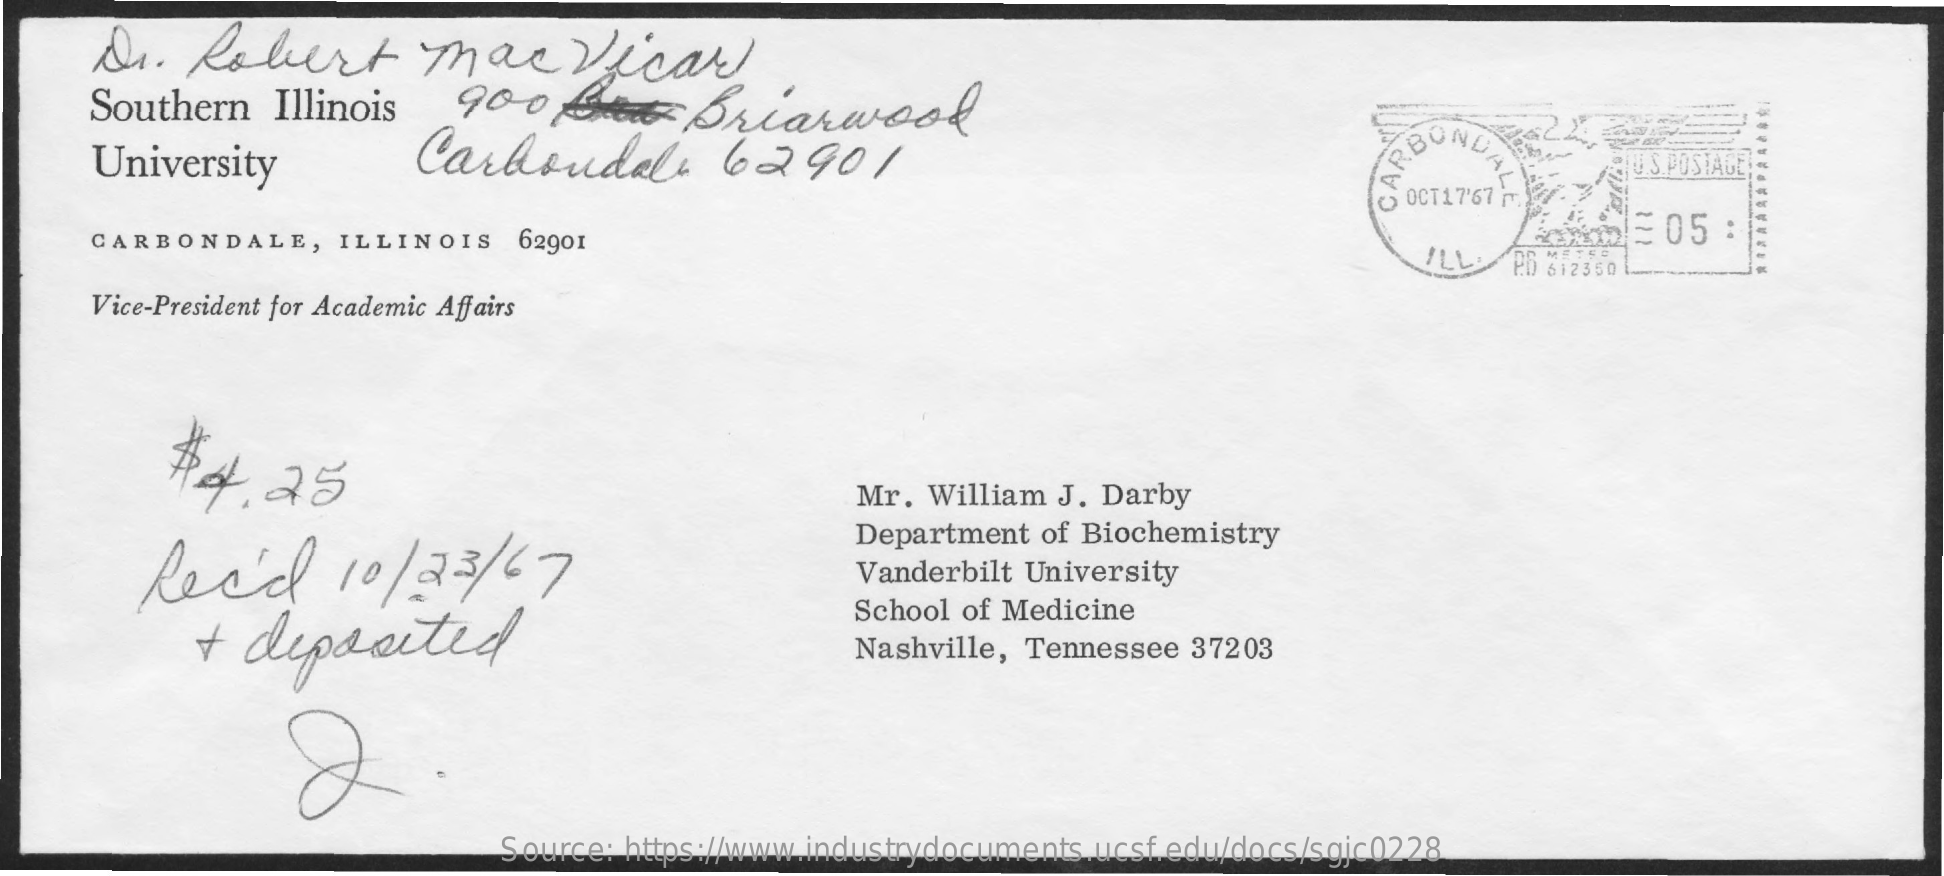
Dr.   Robert    mac    Vicar
     Southern   Illinois   900    Briarwood
     ....
     ........
     University    Carbondale    62901    ALE    U.S.POSTAGE!
     CARB
     CARBONDALE,    ILLINOIS    62901    = 05 :
     METSO
     612350
     Vice-President for Academic Affairs
     #2    25
     Mr. William J. Darby
     Rec'd    10  / 23/67
     Department of Biochemistry
     Vanderbilt University
     +  deposited
     School of Medicine
     Nashville, Tennessee 37203
     Source: https://www.industrydocuments.ucsf.edu/docs/sgjc0228